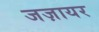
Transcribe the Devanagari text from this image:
जज़ायर